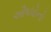
ઔષધોનો